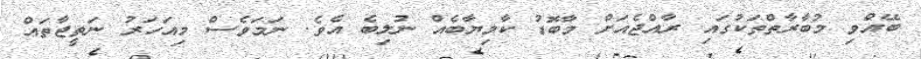
ބޭއްވި މުބާރާތްތަކުގައި ރާއްޖެއަށް މާބޮޑު ކާމިޔާބެއް ނުލިބެ އެވެ. ނަމަވެސް މިއަހަރު ނަތީޖާތައް